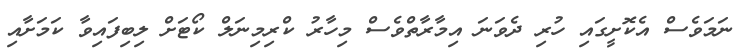
ނަމަވެސް އެކޮށީގައި ހުރި ދެވަނަ އިމާރާތްވެސް މިހާރު ކްރިމިނަލް ކޯޓަށް ލިބިފައިވާ ކަމަށާއި